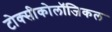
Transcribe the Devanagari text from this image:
टोक्सीकोलॉजिकल